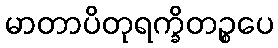
မာတာပိတုရက္ခိတဉ္စပေ